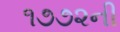
૧૭૭૨ની